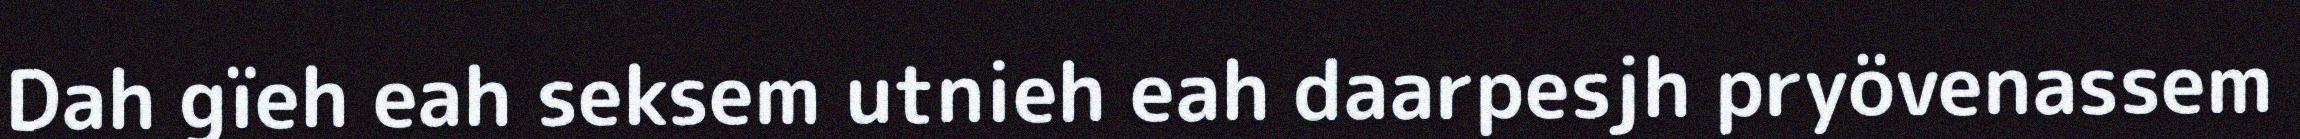
Dah gïeh eah seksem utnieh eah daarpesjh pryövenassem